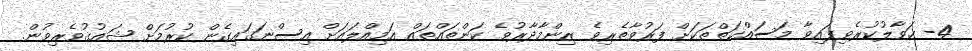
4- ޙަވާލުކުރެވިފައިވާ މަސައްކަތްތަކަށް ފަރުވާތެރިވެ ޒިންމާދާރުވެ ކަންތައްތައް އަމިއްލައަށް އިސްނަގައިގެން ކުރުމަށް ޝައުޤުވެރިވުން.